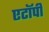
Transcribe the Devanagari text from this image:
एटॉपी